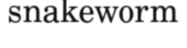
snakeworm